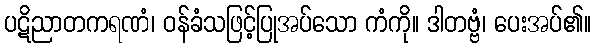
ပဋိညာတကရဏံ၊ ဝန်ခံသဖြင့်ပြုအပ်သော ကံကို။ ဒါတဗ္ဗံ၊ ပေးအပ်၏။